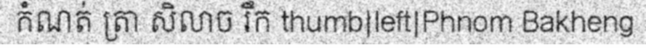
កំណត់ ត្រា សិលាច រឹក thumb|left|Phnom Bakheng